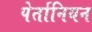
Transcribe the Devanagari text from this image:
पेर्तानियन